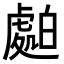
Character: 𧇤